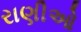
રાણીઓ